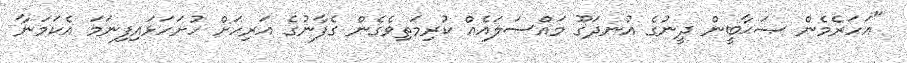
"އަހަރެމެން ޞަޙާބީން ދީނުގެ އުނދަގޫ މައްސަލައެއް ކުރިމަތިވެގެން ގެފާނުގެ އަރިހަށް ހުށަހަޅައިފިނަމަ އެކަމަނާ